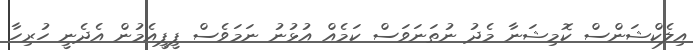
އިލެކްޝަންސް ކޮމިޝަނާ މެދު ނުތަނަވަސް ކަމެއް އުޅުނު ނަމަވެސް ޕީޕީއެމުން އެދެނީ ހުރިހާ